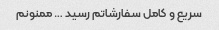
سریع و کامل سفارشاتم رسید … ممنونم